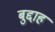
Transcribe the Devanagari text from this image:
बुद्दाह